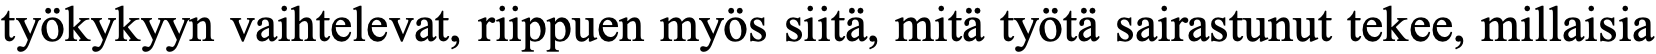
työkykyyn vaihtelevat, riippuen myös siitä, mitä työtä sairastunut tekee, millaisia